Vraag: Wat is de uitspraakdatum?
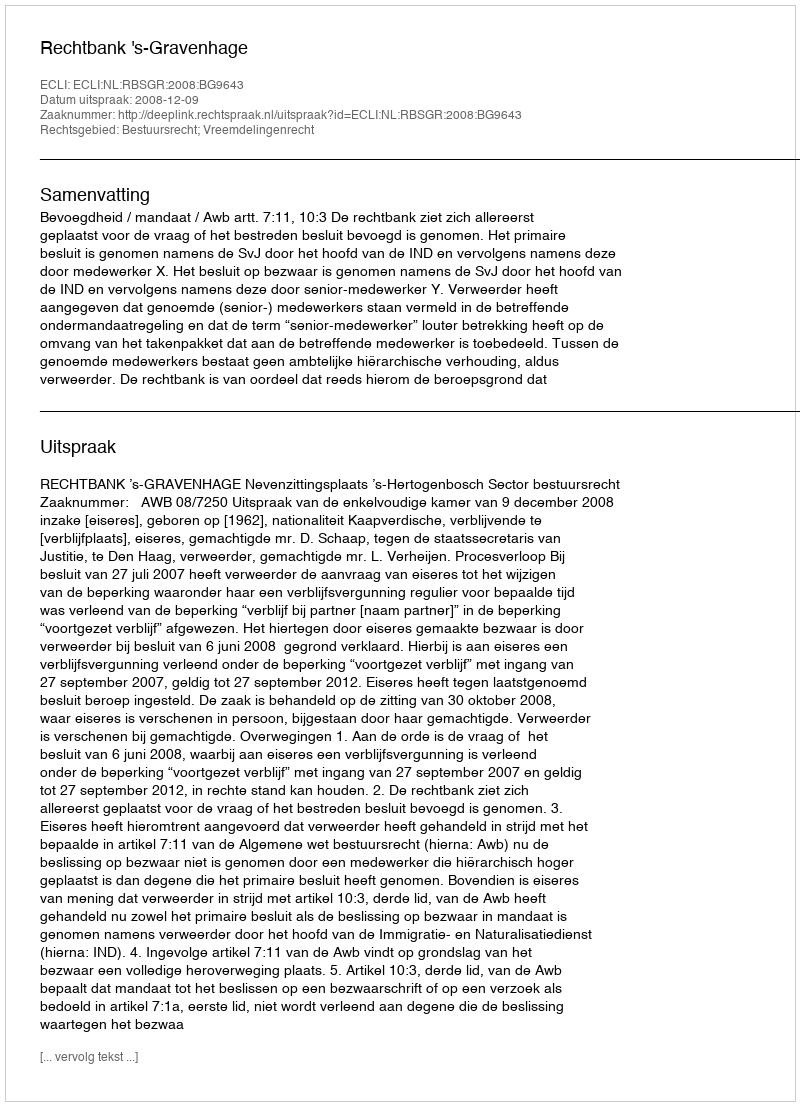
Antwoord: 2008-12-09